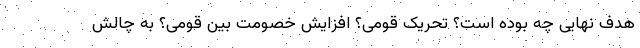
هدف نهایی چه بوده است؟ تحریک قومی؟ افزایش خصومت بین قومی؟ به چالش